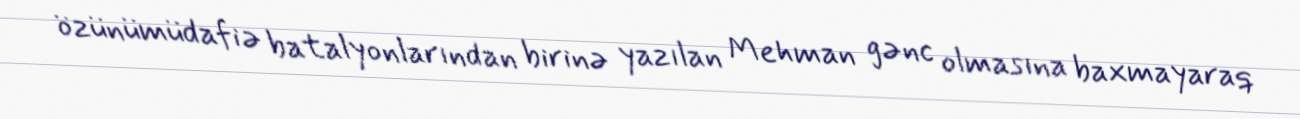
özünümüdafiə batalyonlarından birinə yazılan Mehman gənc olmasına baxmayaraq